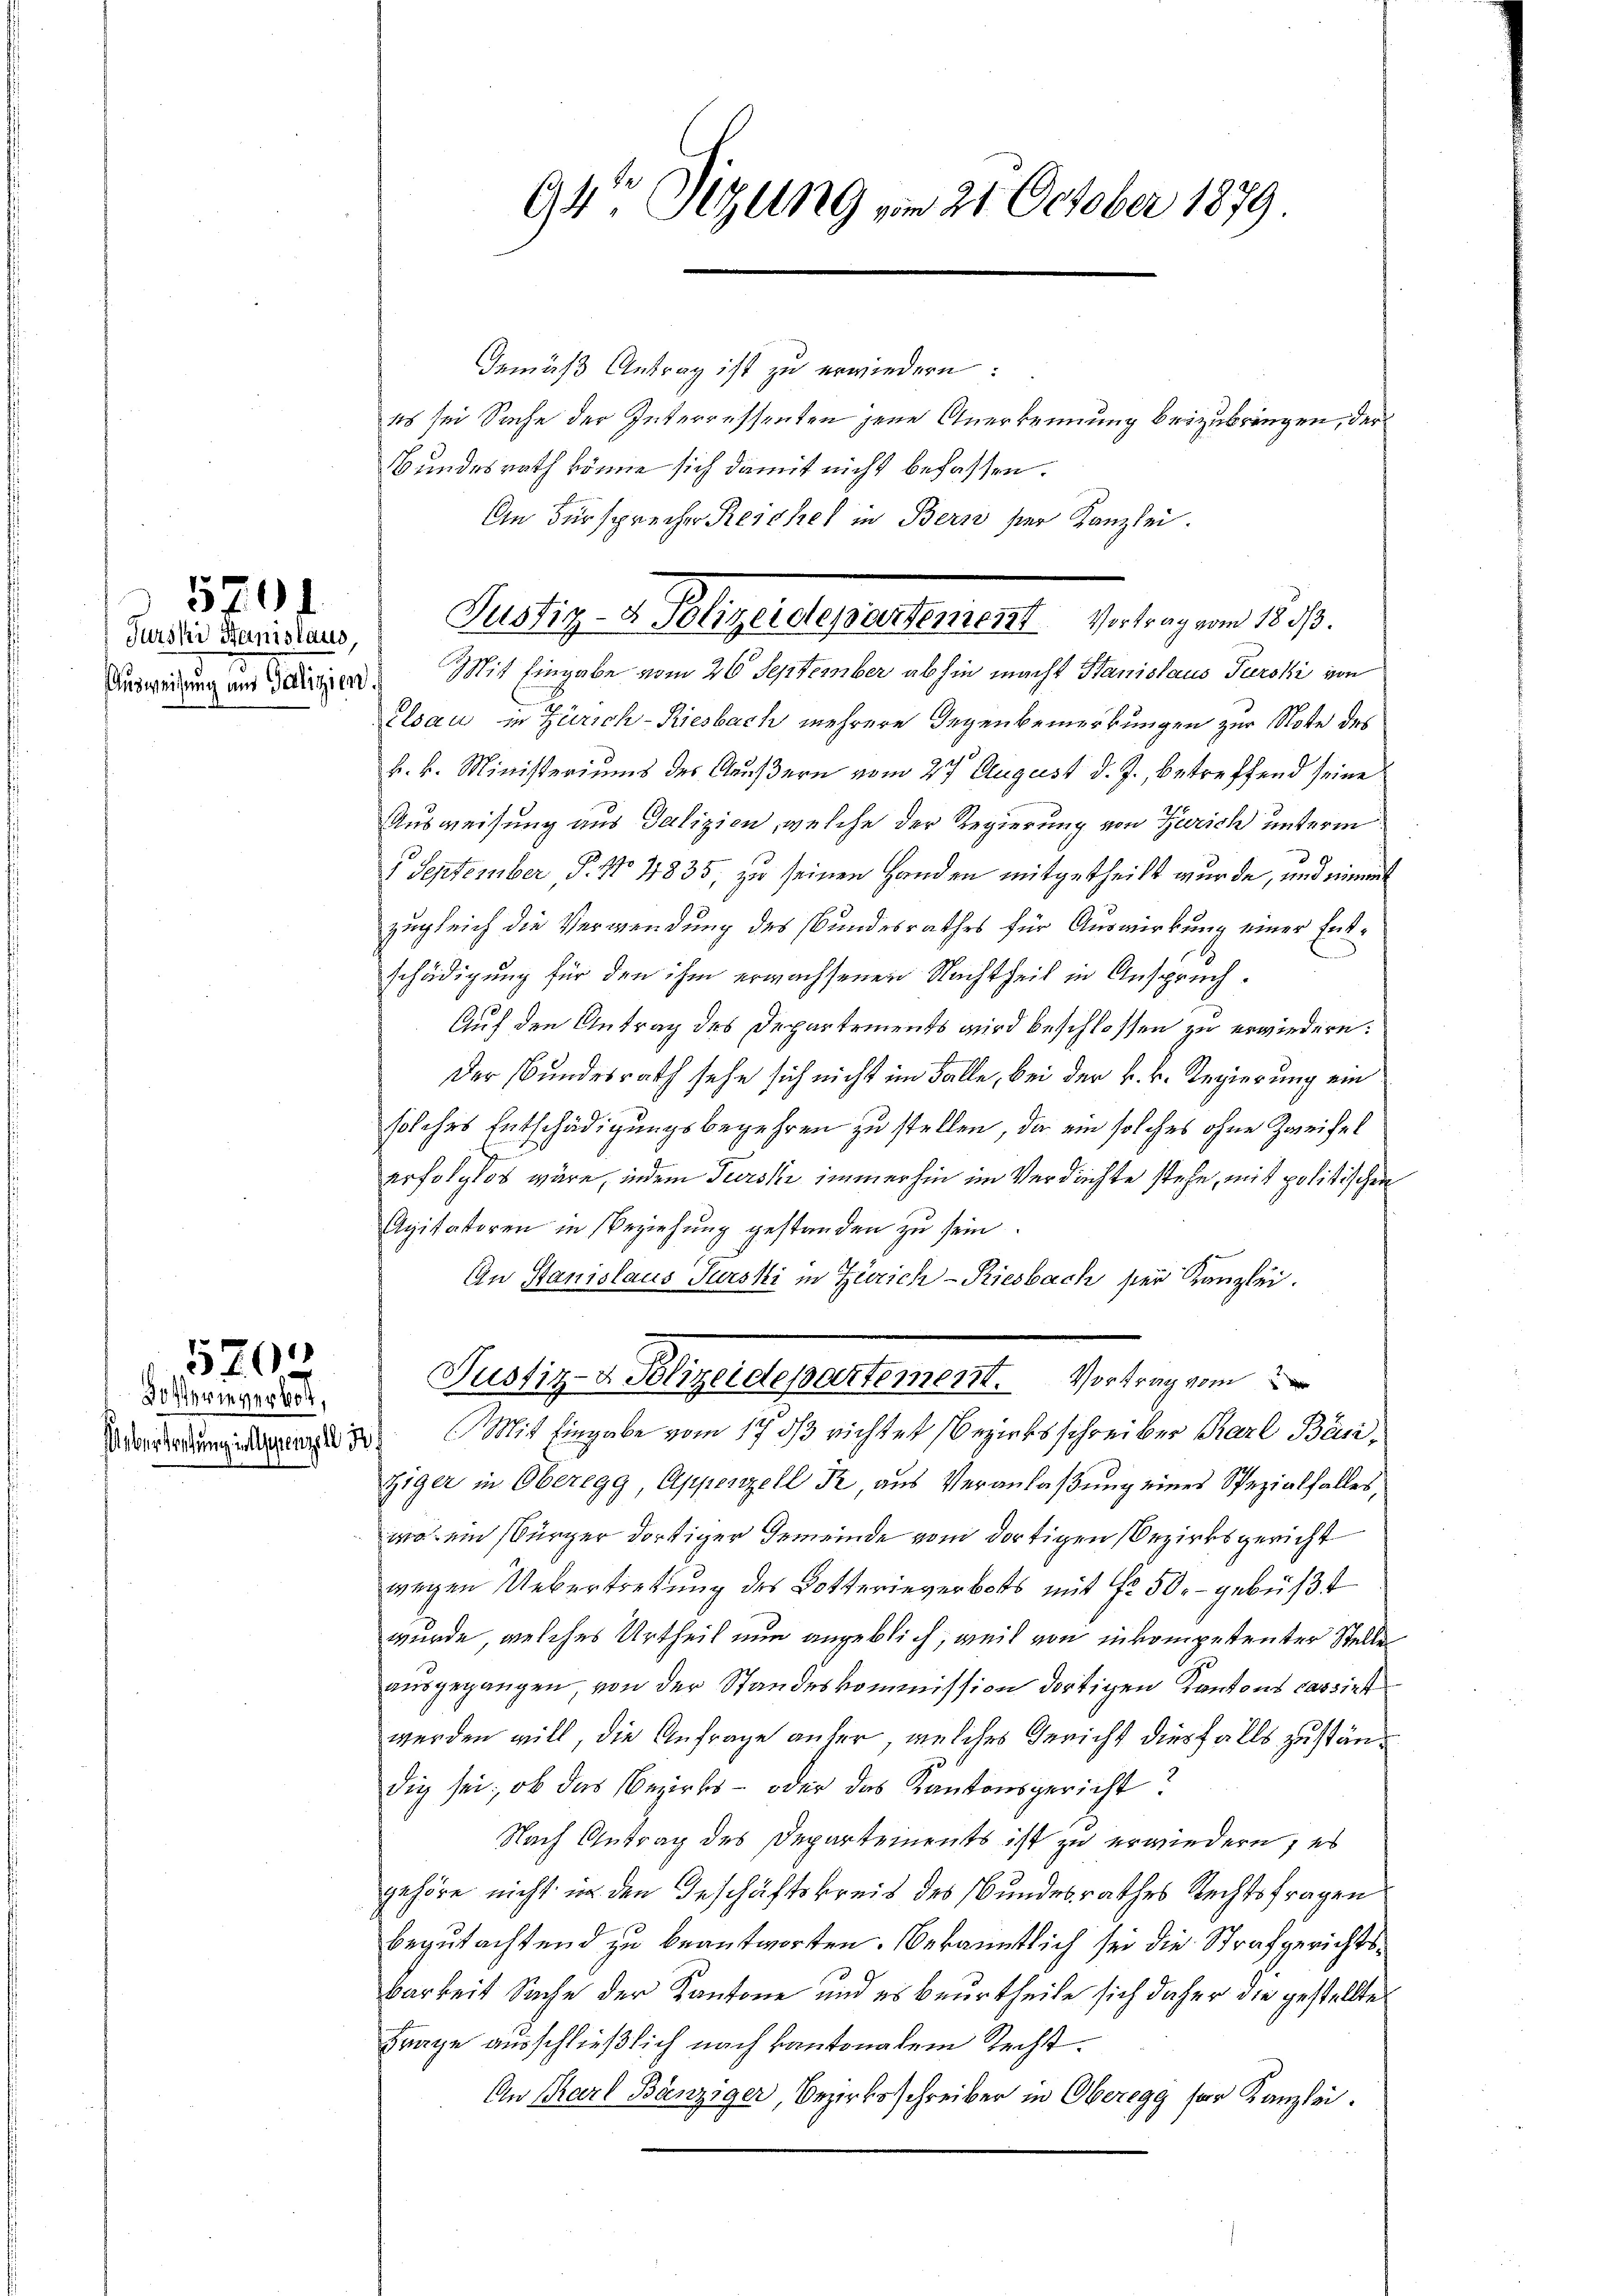
Farski Fanislaus,

570.

Dotteringerbot,

579

94te Sizung vom 21. October 1879

Gemäß Antrag ist zu erwiedern:
es sei Sache der Interressenten jene Anerkennung beizubringen, der
Bundesrath könne sich damit nicht befassen.
An Fürsprecher Reichel in Bern ser Kanzlei.

Justiz- u. Gelegendeparten der Geltungen 28.

Derseiterung einen einer Mit Eingabe vom 26. September abhin macht Hanislaus Parski von
Elsau in Zürich-Riesbach mehrere Gegenbemerkungen zur Note des
k. k. Ministeriums des Aeußern vom 27 August d. J., betreffend seine
Ausweisung aus Galizion, welche der Regierung von Zürich unterm
8 September, P. No 4835, zu seinen Handen mitgetheilt wurde, und nimmt
zugleich die Verwendung des Bundesrathes für Auswirkung einer Entschädigung für den ihm erwachsenen Nachtheil in Anspruch.
Auf den Antrag des Departements wird beschlossen zu erwiedern:
Der Bundesrath sehe sich nicht im Falle, bei der k. k. Regierung ein
solches Entschädigungsbegehren zu stellen, da ein solches ohne Zweifel
erfolglos wäre, indem Turski immerhin im Verdachte stehe, mit politischen
Agitatoren in Beziehung gestanden zu sein
An Stanislaus Türski in Zürich - Riesbach sei Kanzlei.
Avoncedung ange Mit Eingabe vom 17 dß richtet (Bezirksschreiber Karl Bän¬
Ziger in Oberegg, Appenzell R, aus Veranlaβŭng eines Spezialfalles,
wa ein Bürger dortiger Gemeinde vom dortigen Bezirksgericht
wegen Uebertretung des Dotterieverbots mit Nr. 50.- gebüßt
wurde, welches Urtheil nun angeblich, weil von in kompetenter Stelle
ausgegangen, von der Standeskommission dortigen Kantons cassirt
werden will, die Anfrage anher, welches Gericht diesfalls zuständig sei; ob das Bezirks- oder das Kantonsgericht?
Nach Antrag des Departements ist zu erwiedern; es
gehöre nicht in den Geschäftskreis des Bundesrathes Rechtsfragen
begutachtend zu beantworten. Bekanntlich sei die Strafgerichts¬
Barkeit Sache der Kantone und es beurtheile sich daher die gestellten
Frage ausschließlich nach kantonalem Recht.
An Karl Bänziger, Bezirksschreiber in Oberegg für Kanzlei¬

Rustiz villigendepartement. Vertragen